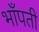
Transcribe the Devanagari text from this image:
भाँपती